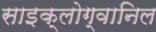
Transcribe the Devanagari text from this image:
साइक्लोग्वानिल